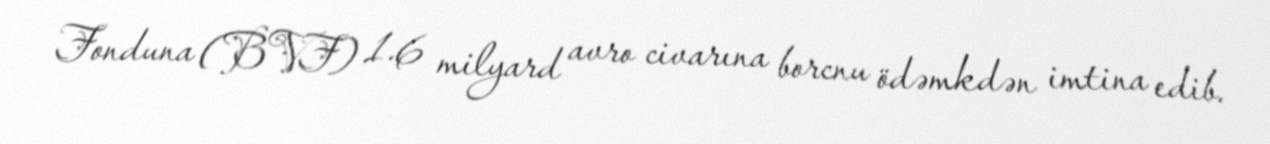
Fonduna (BVF) 1.6 milyard avro civarına borcnu ödəmkdən imtina edib.